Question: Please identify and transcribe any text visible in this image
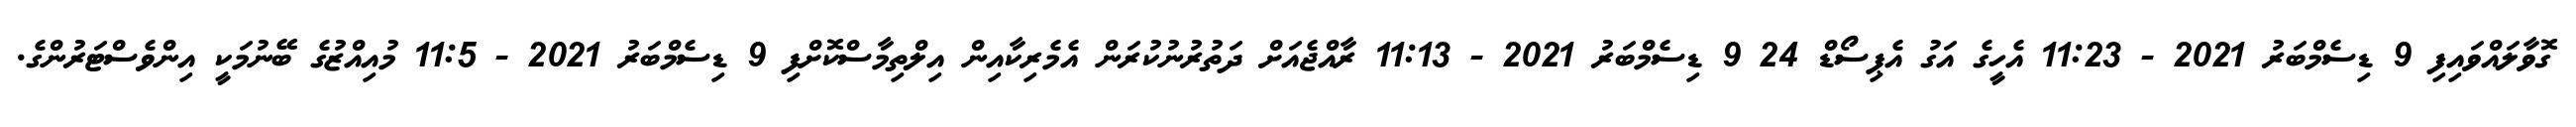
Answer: ގޮވާލައްވައިފި 9 ޑިސެމްބަރު 2021 - 11:23 އެހީގެ އަގު އެޕިސޯޑް 24 9 ޑިސެމްބަރު 2021 - 11:13 ރާއްޖެއަށް ދަތުރުނުކުރަން އެމެރިކާއިން އިލްތިމާސްކޮށްފި 9 ޑިސެމްބަރު 2021 - 11:5 މުއިއްޒުގެ ބޭނުމަކީ އިންވެސްޓަރުންގެ.